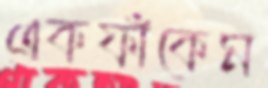
একফাঁকেম